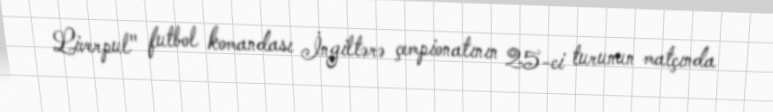
Liverpul" futbol komandası İngiltərə çempionatının 25-ci turunun matçında